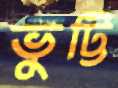
ভুট্টি